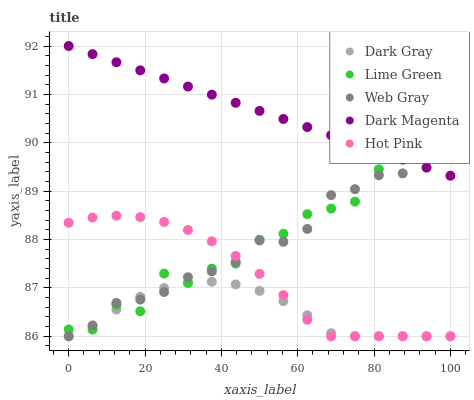
| xaxis_label | Dark Gray | Lime Green | Web Gray | Dark Magenta | Hot Pink |
 | --- | --- | --- | --- | --- | --- |
 | 0 | 86 | 86.1 | 86 | 92 | 88.3 |
 | 6.25 | 86.2 | 86.1 | 86.2 | 91.8 | 88.5 |
 | 12.5 | 86.6 | 86.6 | 86.7 | 91.7 | 88.5 |
 | 18.8 | 86.8 | 86.5 | 86.8 | 91.5 | 88.5 |
 | 25 | 87 | 87.3 | 86.9 | 91.3 | 88.4 |
 | 31.2 | 87.1 | 87.1 | 87.2 | 91.2 | 88.2 |
 | 37.5 | 87.1 | 87.4 | 87.3 | 91 | 88 |
 | 43.8 | 87.1 | 87.5 | 87.5 | 90.8 | 87.7 |
 | 50 | 86.9 | 88 | 88 | 90.7 | 87.3 |
 | 56.2 | 86.7 | 88.1 | 88 | 90.5 | 86.8 |
 | 62.5 | 86.4 | 88.5 | 88.2 | 90.3 | 86.3 |
 | 68.8 | 86.1 | 88.6 | 88.9 | 90.2 | 86 |
 | 75 | 86 | 88.8 | 89 | 90 | 86 |
 | 81.2 | 86 | 89.5 | 89.3 | 89.8 | 86 |
 | 87.5 | 86 | 89.8 | 89.4 | 89.7 | 86 |
 | 93.8 | 86 | 89.7 | 89.8 | 89.5 | 86 |
 | 100 | 86 | 90 | 90 | 89.3 | 86 |